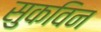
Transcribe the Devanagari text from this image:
सुकविन